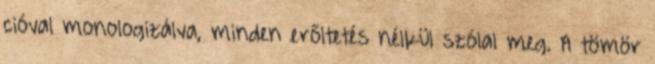
cióval monologizálva, minden erőltetés nélkül szólal meg. A tömör